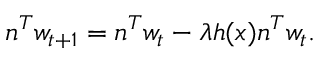
n ^ { T } w _ { t + 1 } = n ^ { T } w _ { t } - \lambda h ( x ) n ^ { T } w _ { t } .